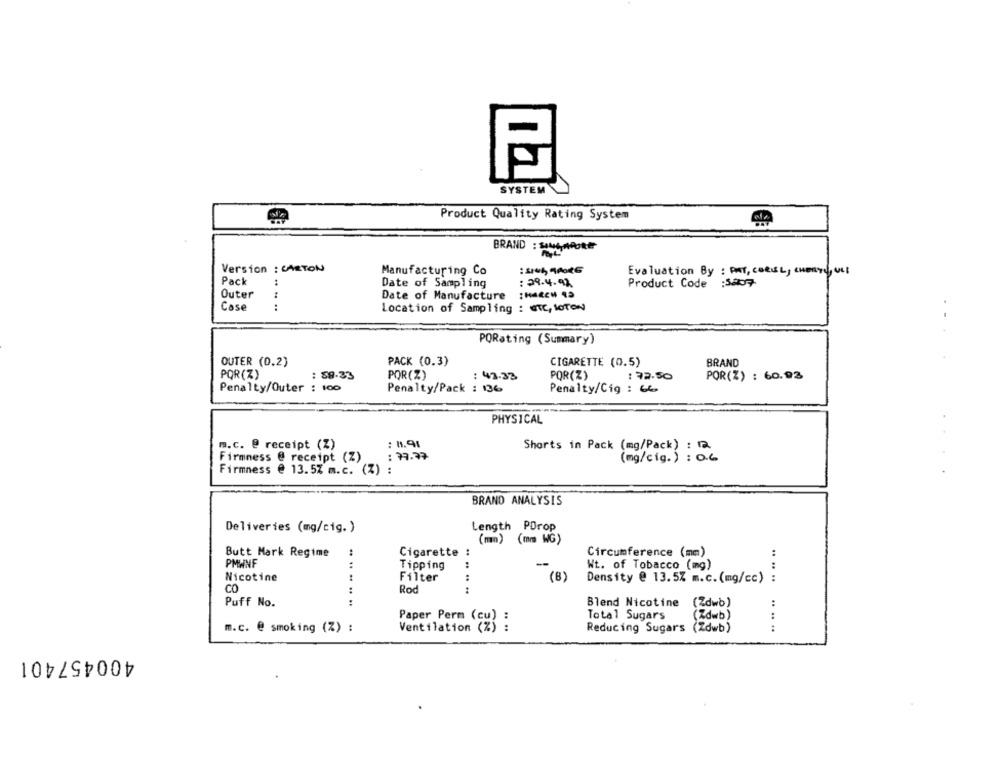
SYSTEM
Product Quality Rating System
BRAND :CARE
Version : CARTON
Manufacturing Co
Evaluation By : ANT, COREL, CHEaty, ult
Pack
Date of Sampling
: 29.4.92
Product Code
Outer
1
Date of Manufacture : Haceu 45
Case
Location of Sampling : UTC, SOTON
PORating (Summary)
OUTER (0.2)
PACK (0.3)
CIGARETTE (0.5)
BRAND
POR(Z)
: 59.33
POR(%)
: 43.33
POR(Z)
: 72.50
POR(Z) : 60.93
Penalty/Outer : 100
Penalty/Pack : 136
Penalty/Cig : 66
PHYSICAL
m.c. @ receipt (Z)
: 1.91
Shorts in Pack (mg/Pack) : 12.
: 39.37
Firmness @ receipt (Z)
(mg/cig.) : 0.6
Firmness @ 13.5% m.c. (Z) :
BRAND ANALYSIS
Deliveries (mg/cig. )
Length PDrop
(mm) (mm WG)
Butt Mark Regime
Cigarette :
Circumference (mm)
PMWNF
Tipping
--
Wt. of Tobacco (mg)
Nicotine
Filter
(B)
.. ...
Density @ 13.5% m.c. (mg/cc) :
CO
.. .. .. ..
Rod
Puff No.
Blend Nicotine
(Zdwb)
Total Sugars
(Zdwb)
.. ..
Paper Perm (cu) :
m.c. @ smoking (Z) :
Ventilation (%) :
Reducing Sugars (Zdwb)
400457401